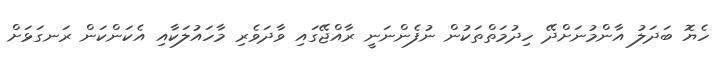
ހެޔޮ ބަދަލު އާންމުނަށްދޭ ހިދުމަތްތަކުން ނުފެންނަނީ ރާއްޖޭގައި ވާދަވެރި މާހައުލަކާއި އެކަންކަން ރަނގަޅަށް